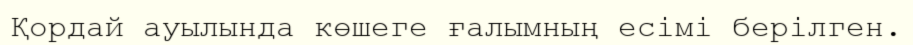
Қордай ауылында көшеге ғалымның есімі берілген.